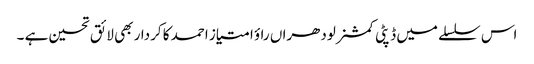
اس سلسلے میں ڈپٹی کمشنر لودھراں راؤ امتیاز احمد کا کردار بھی لائق تحسین ہے ۔